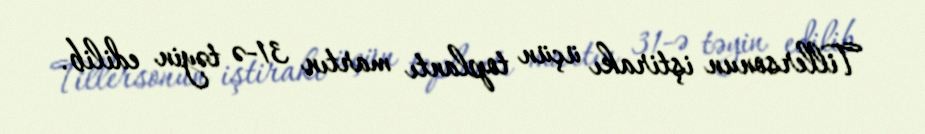
Tillersonun iştirakı üçün toplantı martın 31-ə təyin edilib.